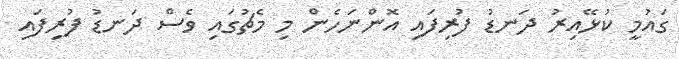
ގައުމީ ކުޅޭއިރު ދަނޑު ފުރިފައި އޮންނަހެން މި މެޗުގައި ވެސް ދަނޑު ފުރިފައި